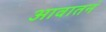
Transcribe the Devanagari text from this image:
आवातनं